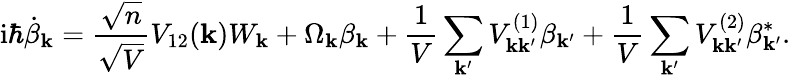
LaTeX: \mathrm{i}\hbar\dot{\beta}_{\mathbf{k}}=\frac{\sqrt{n}}{\sqrt{V}}V_{12}(\mathbf{k})W_{\mathbf{k}}+\Omega_{\mathbf{k}}\beta_{\mathbf{k}}+\frac{1}{V}\sum_{\mathbf{k}^{\prime}}V_{\mathbf{k}\mathbf{k}^{\prime}}^{(1)}\beta_{\mathbf{k}^{\prime}}+\frac{1}{V}\sum_{\mathbf{k}^{\prime}}V_{\mathbf{k}\mathbf{k}^{\prime}}^{(2)}\beta_{\mathbf{k}^{\prime}}^{*}.